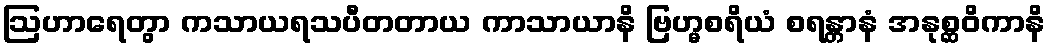
ဩဟာရေတွာ ကသာယရသပီတတာယ ကာသာယာနိ ဗြဟ္မစရိယံ စရန္တာနံ အနုစ္ဆဝိကာနိ